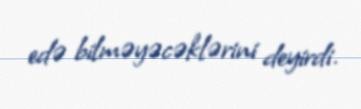
edə bilməyəcəklərini deyirdi.